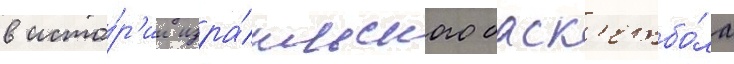
в исто́р'ии изра́ильского баск'етбо́ла